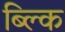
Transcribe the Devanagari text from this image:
ब्ल्कि